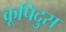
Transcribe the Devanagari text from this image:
कूपिदुस